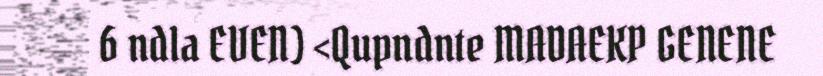
6 ndla EVEN) <Qupndnte MADAEKP GENENE